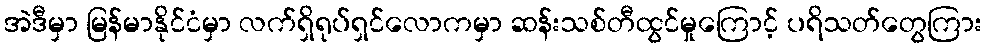
အဲဒီမှာ မြန်မာနိုင်ငံမှာ လက်ရှိရုပ်ရှင်လောကမှာ ဆန်းသစ်တီထွင်မှုကြောင့် ပရိသတ်တွေကြား